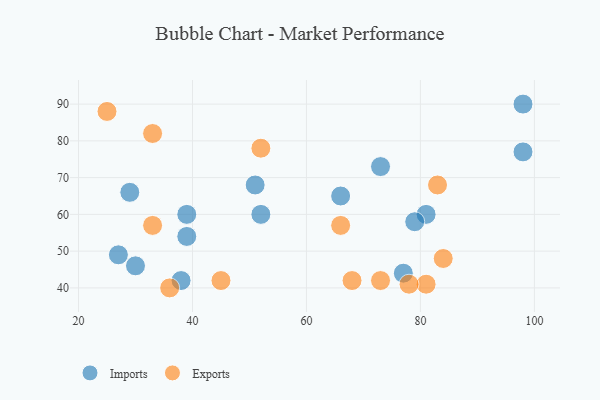
{"axis": {"x": "GDP", "y": "Life Expectancy"}, "legend": ["Exports", "Imports"], "data": [{"x": "98", "y": 77, "type": "Imports"}, {"x": "77", "y": 44, "type": "Imports"}, {"x": "73", "y": 73, "type": "Imports"}, {"x": "52", "y": 60, "type": "Imports"}, {"x": "38", "y": 42, "type": "Imports"}, {"x": "66", "y": 65, "type": "Imports"}, {"x": "98", "y": 90, "type": "Imports"}, {"x": "51", "y": 68, "type": "Imports"}, {"x": "29", "y": 66, "type": "Imports"}, {"x": "30", "y": 46, "type": "Imports"}, {"x": "39", "y": 60, "type": "Imports"}, {"x": "81", "y": 60, "type": "Imports"}, {"x": "39", "y": 54, "type": "Imports"}, {"x": "79", "y": 58, "type": "Imports"}, {"x": "27", "y": 49, "type": "Imports"}, {"x": "45", "y": 42, "type": "Exports"}, {"x": "81", "y": 41, "type": "Exports"}, {"x": "25", "y": 88, "type": "Exports"}, {"x": "52", "y": 78, "type": "Exports"}, {"x": "36", "y": 40, "type": "Exports"}, {"x": "84", "y": 48, "type": "Exports"}, {"x": "33", "y": 57, "type": "Exports"}, {"x": "73", "y": 42, "type": "Exports"}, {"x": "66", "y": 57, "type": "Exports"}, {"x": "78", "y": 41, "type": "Exports"}, {"x": "68", "y": 42, "type": "Exports"}, {"x": "33", "y": 82, "type": "Exports"}, {"x": "83", "y": 68, "type": "Exports"}]}